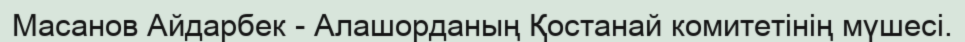
Масанов Айдарбек - Алашорданың Қостанай комитетінің мүшесі.